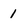
Character: 1